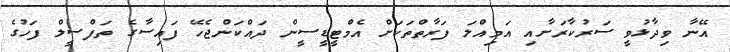
އޭނާ ވިދާޅުވީ ސަރުކާރަށާއި އަމިއްލަ ފަރާތްތަކަށް އެމްޓީޑީސީން ދައްކަންޖެހޭ ފައިސާގެ ތަފްސީލް ފަހުގެ